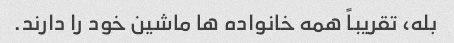
بله، تقریباً همه خانواده ها ماشین خود را دارند.